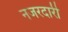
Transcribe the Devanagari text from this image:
नजरदारी